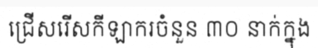
ជ្រើសរើសកីឡាករចំនួន ៣០ នាក់ក្នុង